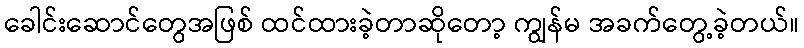
ခေါင်းဆောင်တွေအဖြစ် ထင်ထားခဲ့တာဆိုတော့ ကျွန်မ အခက်တွေ့ခဲ့တယ်။